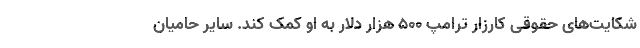
شکایت‌های حقوقی کارزار ترامپ ۵۰۰ هزار دلار به او کمک کند. سایر حامیان